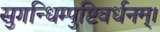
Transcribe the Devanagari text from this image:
सुगन्धिम्पुष्टिवर्धनम्‌।